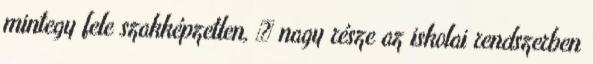
mintegy fele szakképzetlen,  nagy része az iskolai rendszerben